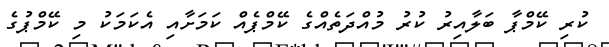
ކުރި ކޭމްޕާ ބަލާއިރު ކުރު މުއްދަތެއްގެ ކޭމްޕެއް ކަމަށާއި އެކަމަކު މި ކޭމްޕުގެ